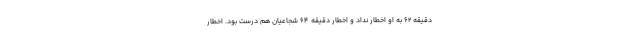
دقیقه 62 به او اخطار نداد و اخطار دقیقه 64 شجاعیان هم درست بود. اخطار